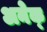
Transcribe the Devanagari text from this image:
अनेक्